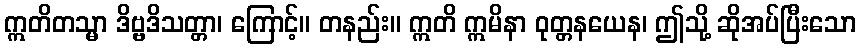
ဣတိတသ္မာ ဒိဗ္ဗဒိသတ္တာ၊ ကြောင့်။ တနည်း။ ဣတိ ဣမိနာ ဝုတ္တနယေန၊ ဤသို့ ဆိုအပ်ပြီးသော